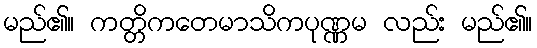
မည်၏။ ကတ္တိကတေမာသိကပုဏ္ဏမ လည်း မည်၏။